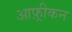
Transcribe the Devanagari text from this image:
आफ़्रीकन